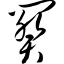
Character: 阕